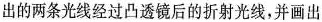
出的两条光线经过凸透镜后的折射光线，并画出